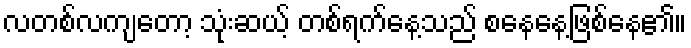
လတစ်လကျတော့ သုံးဆယ့် တစ်ရက်နေ့သည် စနေနေ့ဖြစ်နေ၏။